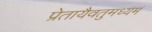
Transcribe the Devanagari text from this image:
प्रेतायैवतुमध्यमं